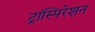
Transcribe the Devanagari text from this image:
ट्रांस्पिरेशन